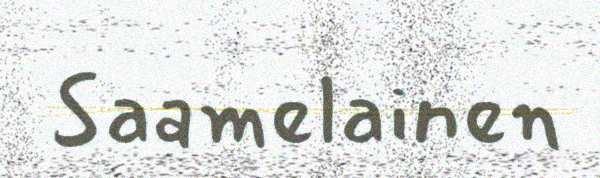
Saamelainen